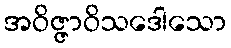
အဝိဇ္ဇာဝိသဒေါသော